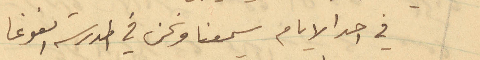
في احد الايام سمعنا ونحن في المدرسة الغوغا